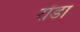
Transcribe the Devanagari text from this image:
रोंडा